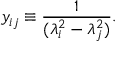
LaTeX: y _ { i j } \equiv \frac { 1 } { ( \lambda _ { i } ^ { 2 } - \lambda _ { j } ^ { 2 } ) } .